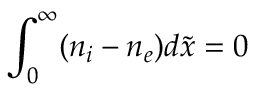
\int _ { 0 } ^ { \infty } ( n _ { i } - n _ { e } ) d \tilde { x } = 0